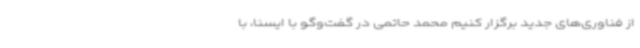
از فناوری‌های جدید برگزار کنیم محمد حاتمی در گفت‌وگو با ایسنا، با